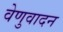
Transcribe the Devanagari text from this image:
वेणुवादन